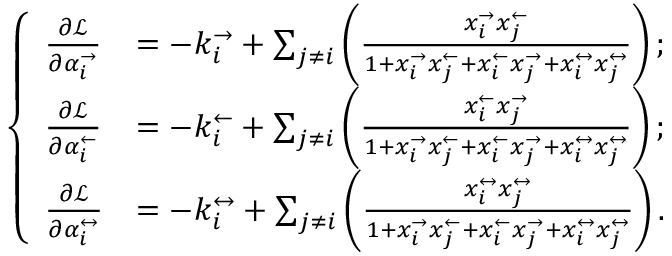
\left\{ \begin{array} { l l } { \frac { \partial \mathcal { L } } { \partial \alpha _ { i } ^ { \rightarrow } } } & { = - k _ { i } ^ { \rightarrow } + \sum _ { j \neq i } \left( \frac { x _ { i } ^ { \rightarrow } x _ { j } ^ { \leftarrow } } { 1 + x _ { i } ^ { \rightarrow } x _ { j } ^ { \leftarrow } + x _ { i } ^ { \leftarrow } x _ { j } ^ { \rightarrow } + x _ { i } ^ { \leftrightarrow } x _ { j } ^ { \leftrightarrow } } \right) ; } \\ { \frac { \partial \mathcal { L } } { \partial \alpha _ { i } ^ { \leftarrow } } } & { = - k _ { i } ^ { \leftarrow } + \sum _ { j \neq i } \left( \frac { x _ { i } ^ { \leftarrow } x _ { j } ^ { \rightarrow } } { 1 + x _ { i } ^ { \rightarrow } x _ { j } ^ { \leftarrow } + x _ { i } ^ { \leftarrow } x _ { j } ^ { \rightarrow } + x _ { i } ^ { \leftrightarrow } x _ { j } ^ { \leftrightarrow } } \right) ; } \\ { \frac { \partial \mathcal { L } } { \partial \alpha _ { i } ^ { \leftrightarrow } } } & { = - k _ { i } ^ { \leftrightarrow } + \sum _ { j \neq i } \left( \frac { x _ { i } ^ { \leftrightarrow } x _ { j } ^ { \leftrightarrow } } { 1 + x _ { i } ^ { \rightarrow } x _ { j } ^ { \leftarrow } + x _ { i } ^ { \leftarrow } x _ { j } ^ { \rightarrow } + x _ { i } ^ { \leftrightarrow } x _ { j } ^ { \leftrightarrow } } \right) . } \end{array} \right.